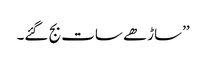
’’ساڑھے سات بج گئے۔